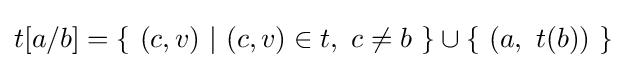
t[a/b]=\{\ (c,v)\ |\ (c,v)\in t,\ c\neq b\ \}\cup \{\ (a,\ t(b))\ \}